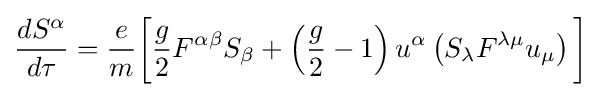
{\frac {dS^{\alpha }}{d\tau }}={\frac {e}{m}}{\bigg [}{g \over 2}F^{\alpha \beta }S_{\beta }+\left({g \over 2}-1\right)u^{\alpha }\left(S_{\lambda }F^{\lambda \mu }u_{\mu }\right){\bigg ]}\;